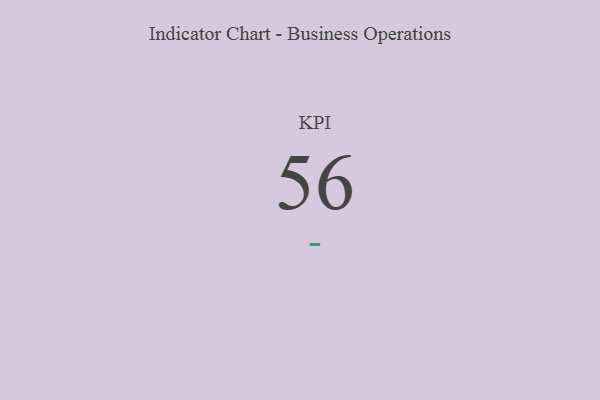
{"axis": {"x": "KPI", "y": "Value"}, "legend": [""], "data": [{"x": "KPI", "y": 56, "type": ""}]}